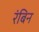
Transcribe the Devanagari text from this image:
रंबिन